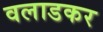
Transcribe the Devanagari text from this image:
वलाडकर